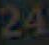
24